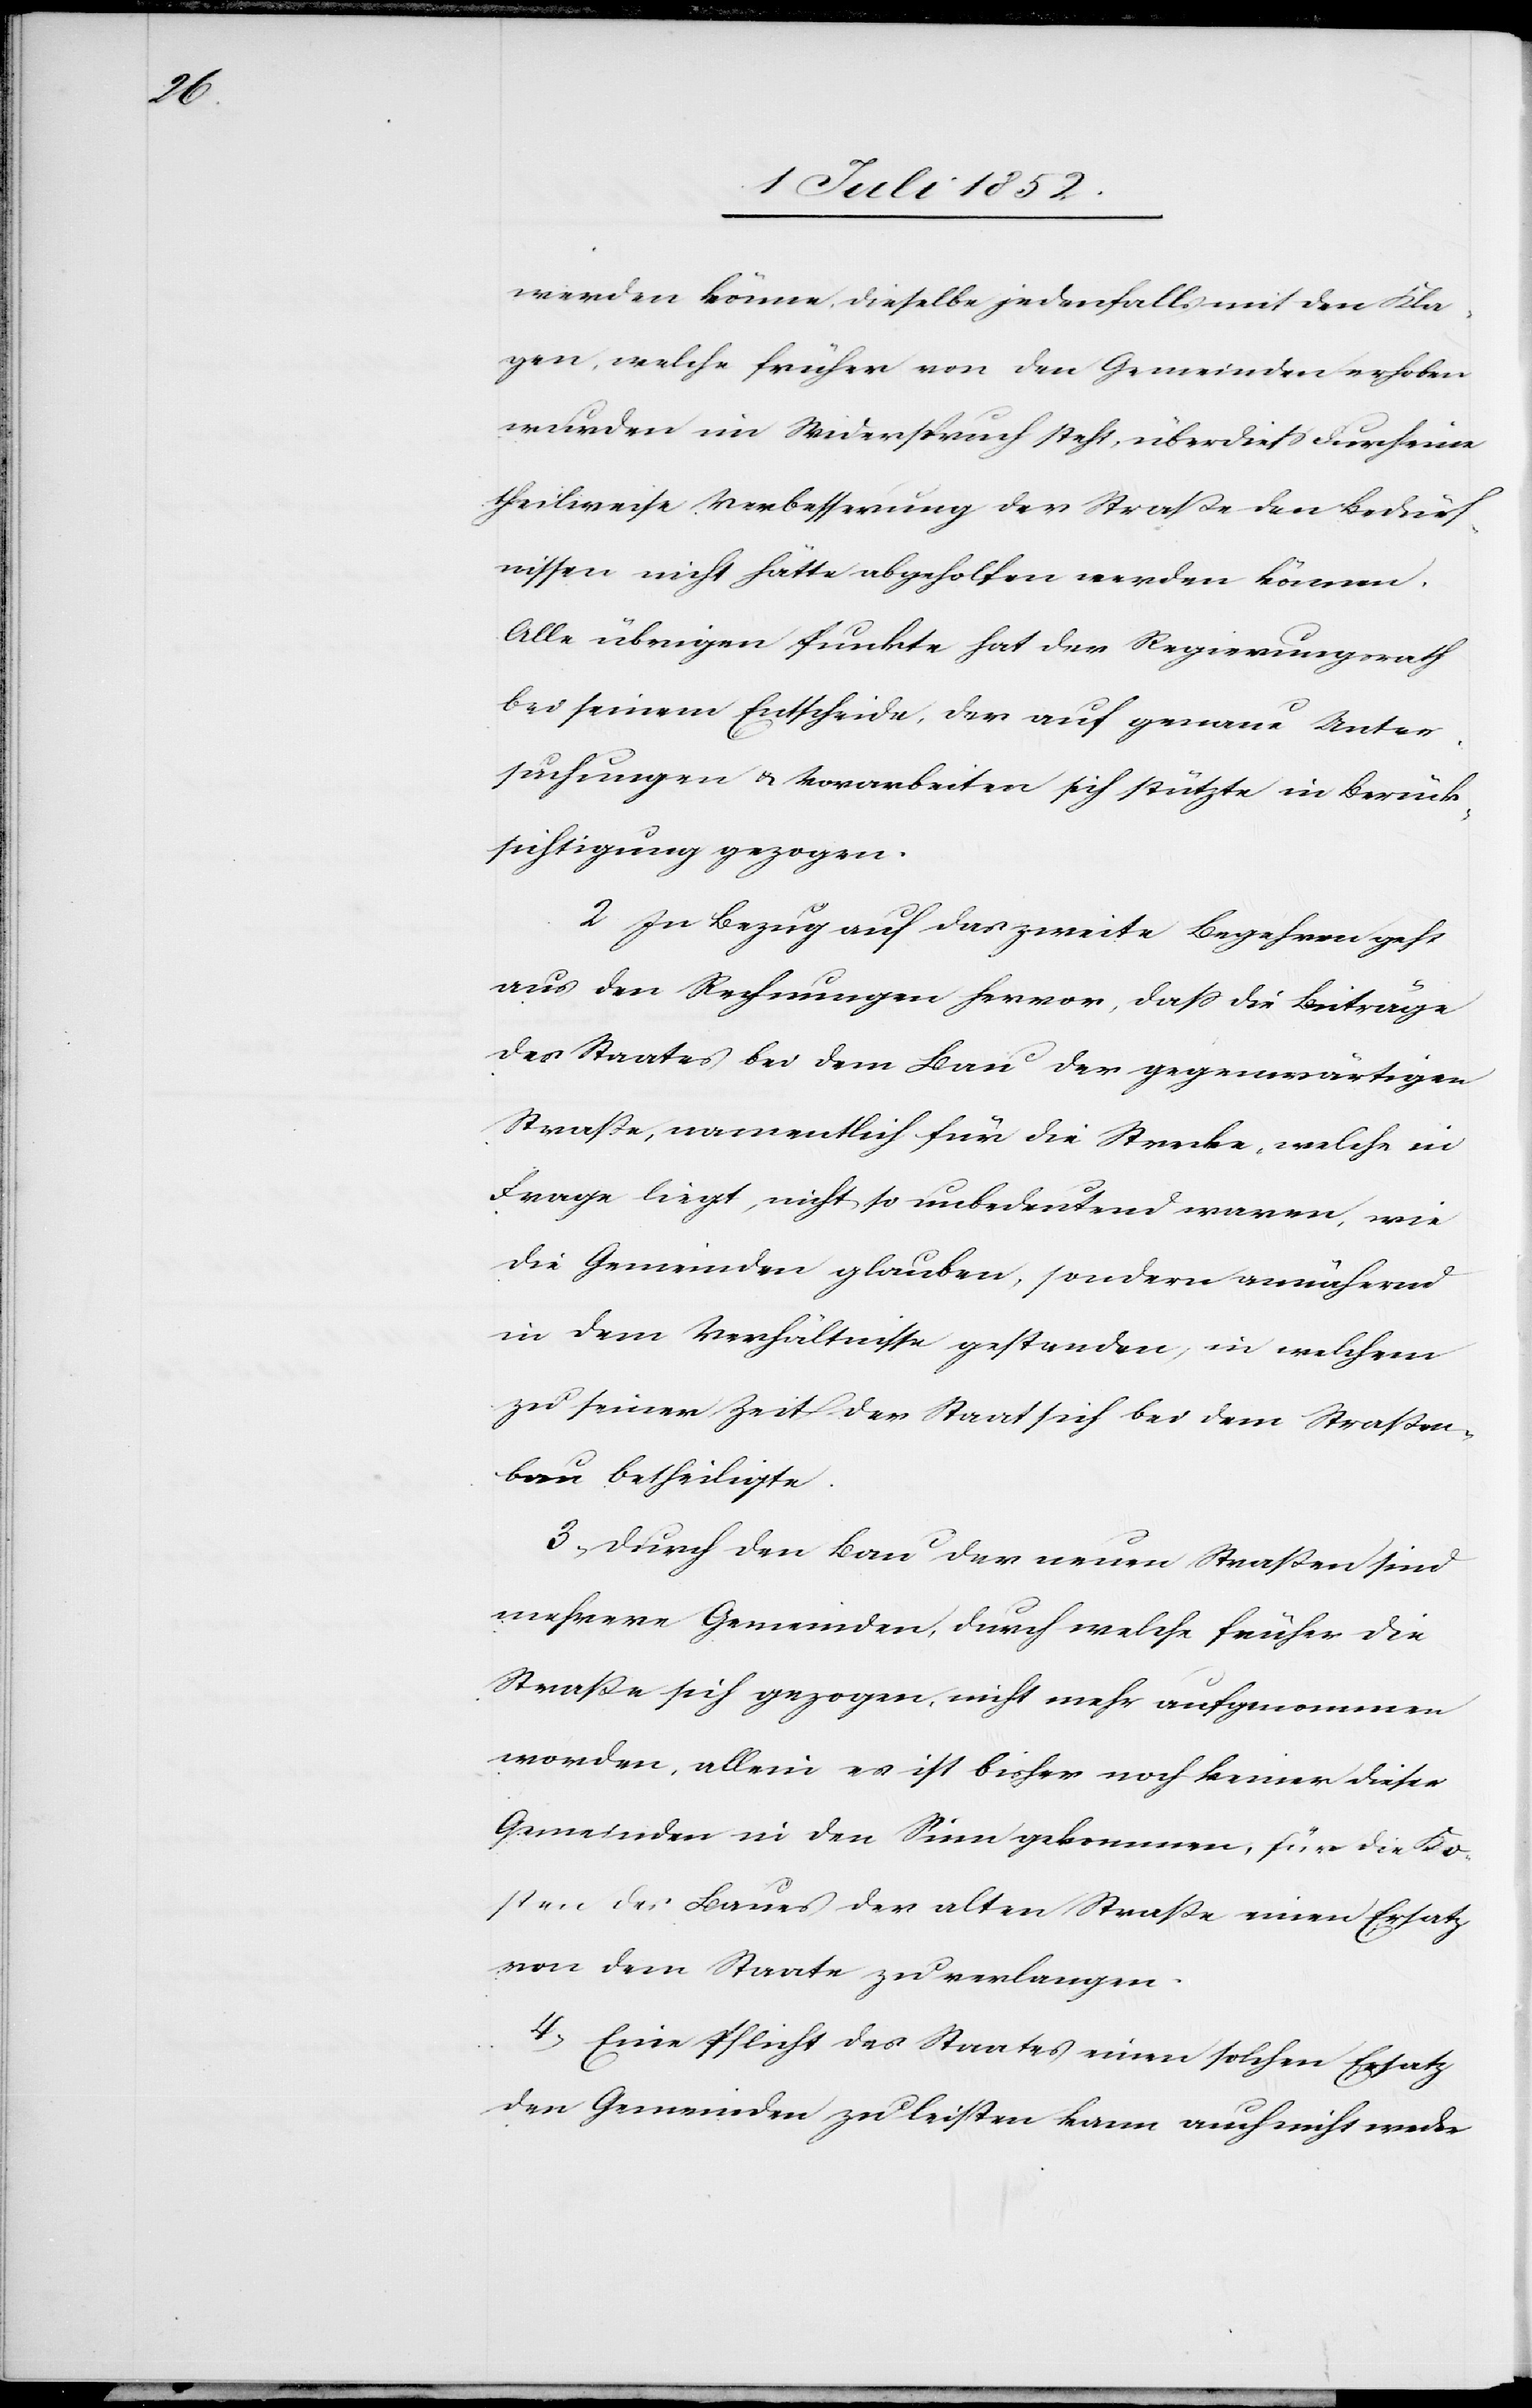
werden könne, dieselbe jedenfalls mit den Kla¬
gen, welche früher von den Gemeinden erhoben
wurden im Widerspruch steht, überdiess durch eine
theilweise Verbesserung der Straße den Bedürf¬
nissen nicht hätte abgeholfen werden können.
Alle übrigen Punkte hat der Regierungsrath
bei seinem Entscheide, der auf genaue Unter¬
suchungen & Vorarbeiten sich stützte in Berück¬
sichtigung gezogen.
2. In Bezug auf das zweite Begehren geht
aus den Rechnungen hervor, dass die Beiträge
des Staates bei dem Bau der gegenwärtigen
Straße, namentlich für die Strecke, welche in
Frage liegt, nicht so unbedeutend waren, wie
die Gemeinden glauben, sondern annähernd
in dem Verhältnisse gestanden, in welchem
zu seiner Zeit der Staat sich bei dem Straßen¬
bau betheiligte.
3, Durch den Bau der neuen Straßen sind
mehrere Gemeinden, durch welche früher die
Straße sich gezogen, nicht mehr aufgenommen
worden, allein es ist bisher noch keiner dieser
Gemeinden in den Sinn gekommen, für die Ko¬
sten des Baues der alten Straße einen Ersatz
von dem Staate zu verlangen.
4, Eine Pflicht des Staates einen solchen Ersatz
den Gemeinden zu leisten kann auch nicht weder